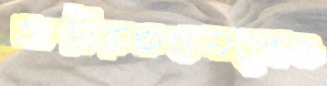
আত্মীয়স্বজনকেও